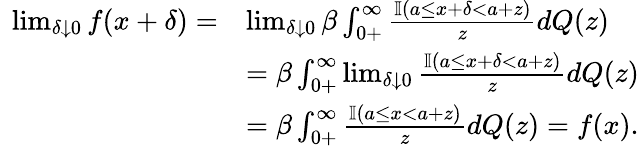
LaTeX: \begin{array}{rl}{\ \operatorname*{lim}_{\delta\downarrow 0}f(x+\delta)=}&{\operatorname*{lim}_{\delta\downarrow 0}\beta\int_{0+}^{\infty}\frac{\mathbb{I}(a\leq x+\delta<a+z)}{z}dQ(z)}\\ &{=\beta\int_{0+}^{\infty}\operatorname*{lim}_{\delta\downarrow 0}\frac{\mathbb{I}(a\leq x+\delta<a+z)}{z}dQ(z)}\\ &{=\beta\int_{0+}^{\infty}\frac{\mathbb{I}(a\leq x<a+z)}{z}dQ(z)=f(x).}\end{array}